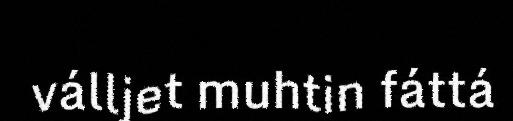
válljet muhtin fáttá